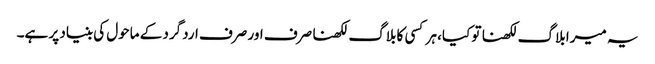
یہ میرا بلاگ لکھنا تو کیا، ہر کسی کا بلاگ لکھنا صرف اور صرف اردگرد کے ماحول کی بنیاد پر ہے۔